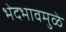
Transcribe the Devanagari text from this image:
भेदभावमुळे